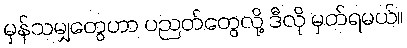
မှန်သမျှတွေဟာ ပညတ်တွေလို့ ဒီလို မှတ်ရမယ်။